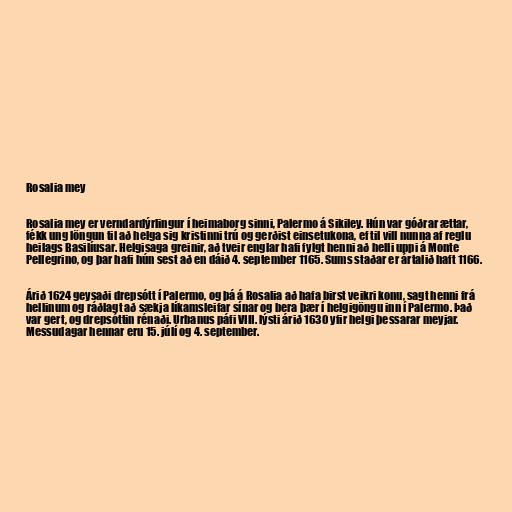
Rosalia mey

Rosalia mey er verndardýrlingur í heimaborg sinni, Palermo á Sikiley. Hún var góðrar ættar,
fékk ung löngun til að helga sig kristinni trú og gerðist einsetukona, ef til vill nunna af reglu
heilags Basilíusar. Helgisaga greinir, að tveir englar hafi fylgt henni að helli uppi á Monte
Pellegrino, og þar hafi hún sest að en dáið 4. september 1165. Sums staðar er ártalið haft 1166.

Árið 1624 geysaði drepsótt í Palermo, og þá á Rosalia að hafa birst veikri konu, sagt henni frá
hellinum og ráðlagt að sækja líkamsleifar sínar og bera þær í helgigöngu inn í Palermo. Það
var gert, og drepsóttin rénaði. Urbanus páfi VIII. lýsti árið 1630 yfir helgi þessarar meyjar.
Messudagar hennar eru 15. júlí og 4. september.